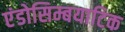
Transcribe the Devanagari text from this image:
एंडोसिम्बयाटिक